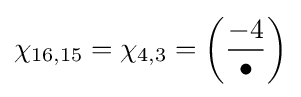
\chi _{16,15}=\chi _{4,3}=\left({\frac {-4}{\bullet }}\right)